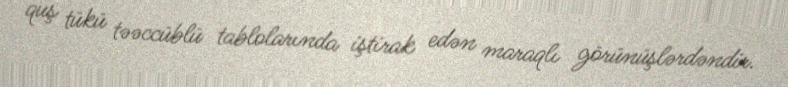
quş tükü təəccüblü tablolarında iştirak edən maraqlı görünüşlərdəndir.